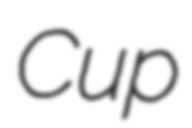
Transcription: Cup